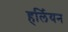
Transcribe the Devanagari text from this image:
हर्लियन